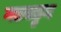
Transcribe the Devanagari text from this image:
गडबडुन